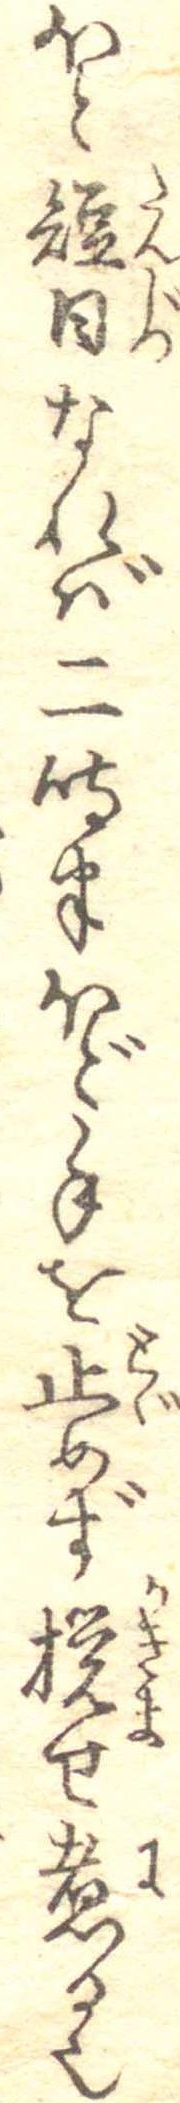
ほと短日なれば二時半ほど手を止めず撹せ煮る也